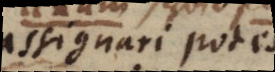
assignari potest,